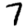
Digit: 7